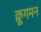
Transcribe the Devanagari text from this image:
क्रूगमन